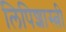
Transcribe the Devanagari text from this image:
लिपिशास्त्री